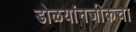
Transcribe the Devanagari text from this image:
डोळयांनजीकचा